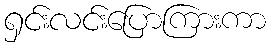
ရှင်းလင်းပြောကြားကာ